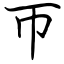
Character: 帀